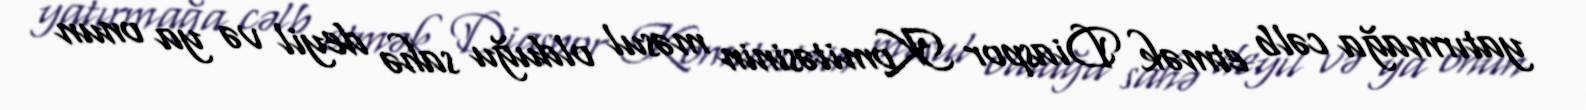
yatırmağa cəlb etmək Diaspor Komitəsinin məsul olduğu sahə deyil və ya onun